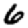
Digit: 6